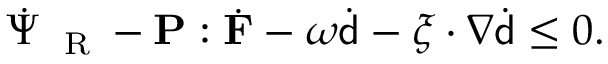
\dot { \Psi } _ { \mathrm { ~ \tiny ~ R ~ } } - \mathbf { P } : \dot { \mathbf { F } } - \omega \dot { { \mathsf { d } } } - \boldsymbol { \xi } \cdot \nabla \dot { { \mathsf { d } } } \leq 0 .